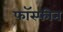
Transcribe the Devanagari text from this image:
फॉस्फीन